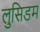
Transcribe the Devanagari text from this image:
लुसिडम